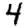
Digit: 4